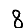
Digit: 8